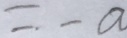
= - a